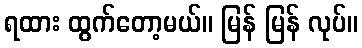
ရထား ထွက်တော့မယ်။ မြန် မြန် လုပ်။